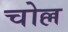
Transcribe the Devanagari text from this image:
चोल्ल